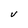
Character: V